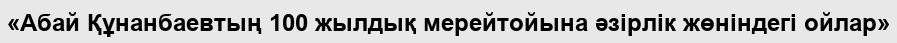
«Абай Құнанбаевтың 100 жылдық мерейтойына әзірлік жөніндегі ойлар»